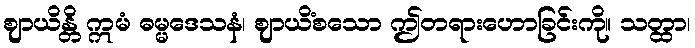
ဈာယိန္တိ ဣမံ ဓမ္မဒေသနံ၊ ဈာယိံစသော ဤတရားဟောခြင်းကို။ သတ္ထာ၊